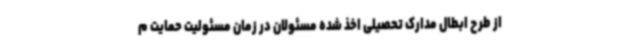
از طرح ابطال مدارک تحصیلی اخذ شده مسئولان در زمان مسئولیت حمایت م